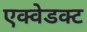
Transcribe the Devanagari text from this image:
एक्वेडक्ट